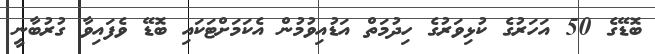
ބޮޑޭގެ 50 އަހަރުގެ ކުޅިވަރުގެ ހިދުމަތް އަޑުއިވުމުން އެކަމަށްޓަކައި ބޮޑޭ ވެފައިވާ ގުރުބާނީ